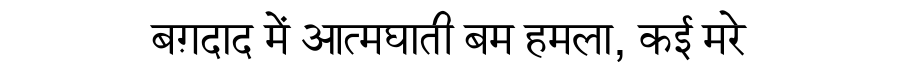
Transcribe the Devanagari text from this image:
बग़दाद में आत्मघाती बम हमला, कई मरे